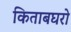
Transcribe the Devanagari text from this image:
किताबघरो